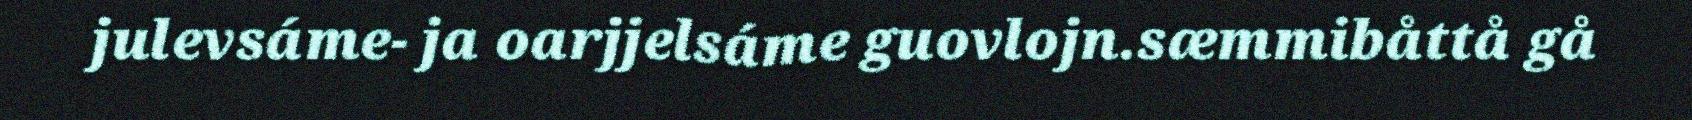
julevsáme- ja oarjjelsáme guovlojn.sæmmibåttå gå